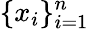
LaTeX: \{ x_{i}\} _{i=1}^{n}